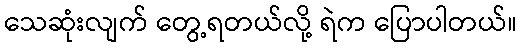
သေဆုံးလျက် တွေ့ရတယ်လို့ ရဲက ပြောပါတယ်။